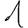
Digit: 1